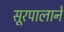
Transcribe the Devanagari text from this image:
सूरपालाने